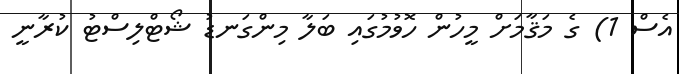
އެސް 1) ގެ މަޤާމަށް މީހުން ހޮވުމުގައި ބަލާ މިންގަނޑު ޝޯޓްލިސްޓު ކުރާނީ